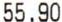
55.90